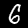
Digit: 6